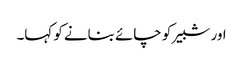
اور شبیر کو چائے بنانے کو کہا۔